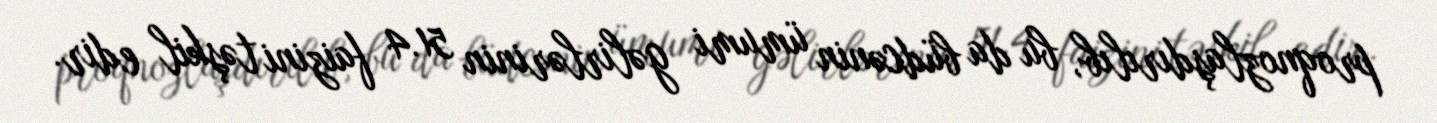
proqnozlaşdırılıb, bu da büdcənin ümumi gəlirlərinin 51.4 faizini təşkil edir.